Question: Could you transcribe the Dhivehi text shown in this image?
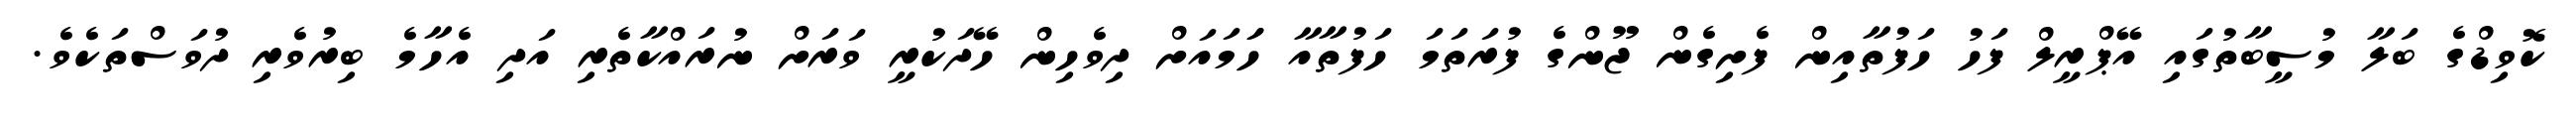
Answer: ކޮވިޑްގެ ބަލާ މުސީބާތުގައި އޭޕްރީލް ފަހު ހަފުތާއިން ފެށިގެން ޖޫންގެ ފުރަތަމަ ހަފުތާއާ ހަަމައަށް ދިވެހިން ހޭދަކުރީ ވަރަށް ނުރައްކާތެރި އަދި އެހާމެ ބިރުވެރި ދުވަސްތަކެވެ.